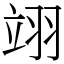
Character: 翊